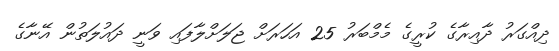
ދިއްގަރު ދާއިރާގެ ކުރީގެ މެމްބަރު 25 އަހަރަށް ޖަލަށްލާފައި ވަނީ ދައުލަތުން އޭނާގެ